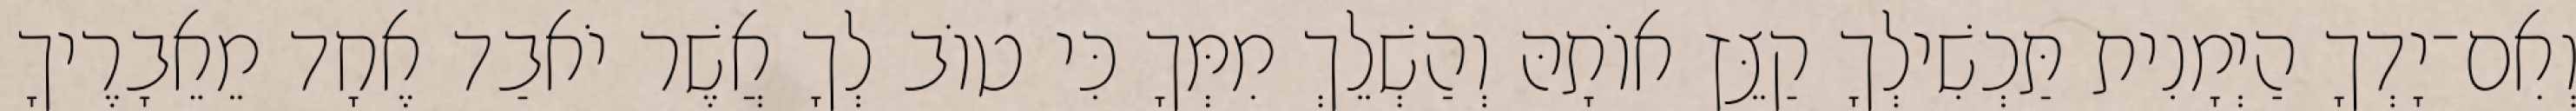
וְאִם־יָדְךָ הַיְמָנִית תַּכְשִׁילְךָ קַצֵּץ אוֹתָהּ וְהַשְׁלֵךְ מִמְּךָ כִּי טוֹב לְךָ אֲשֶׁר יֹאבַד אֶחָד מֵאֵבָרֶיךָ